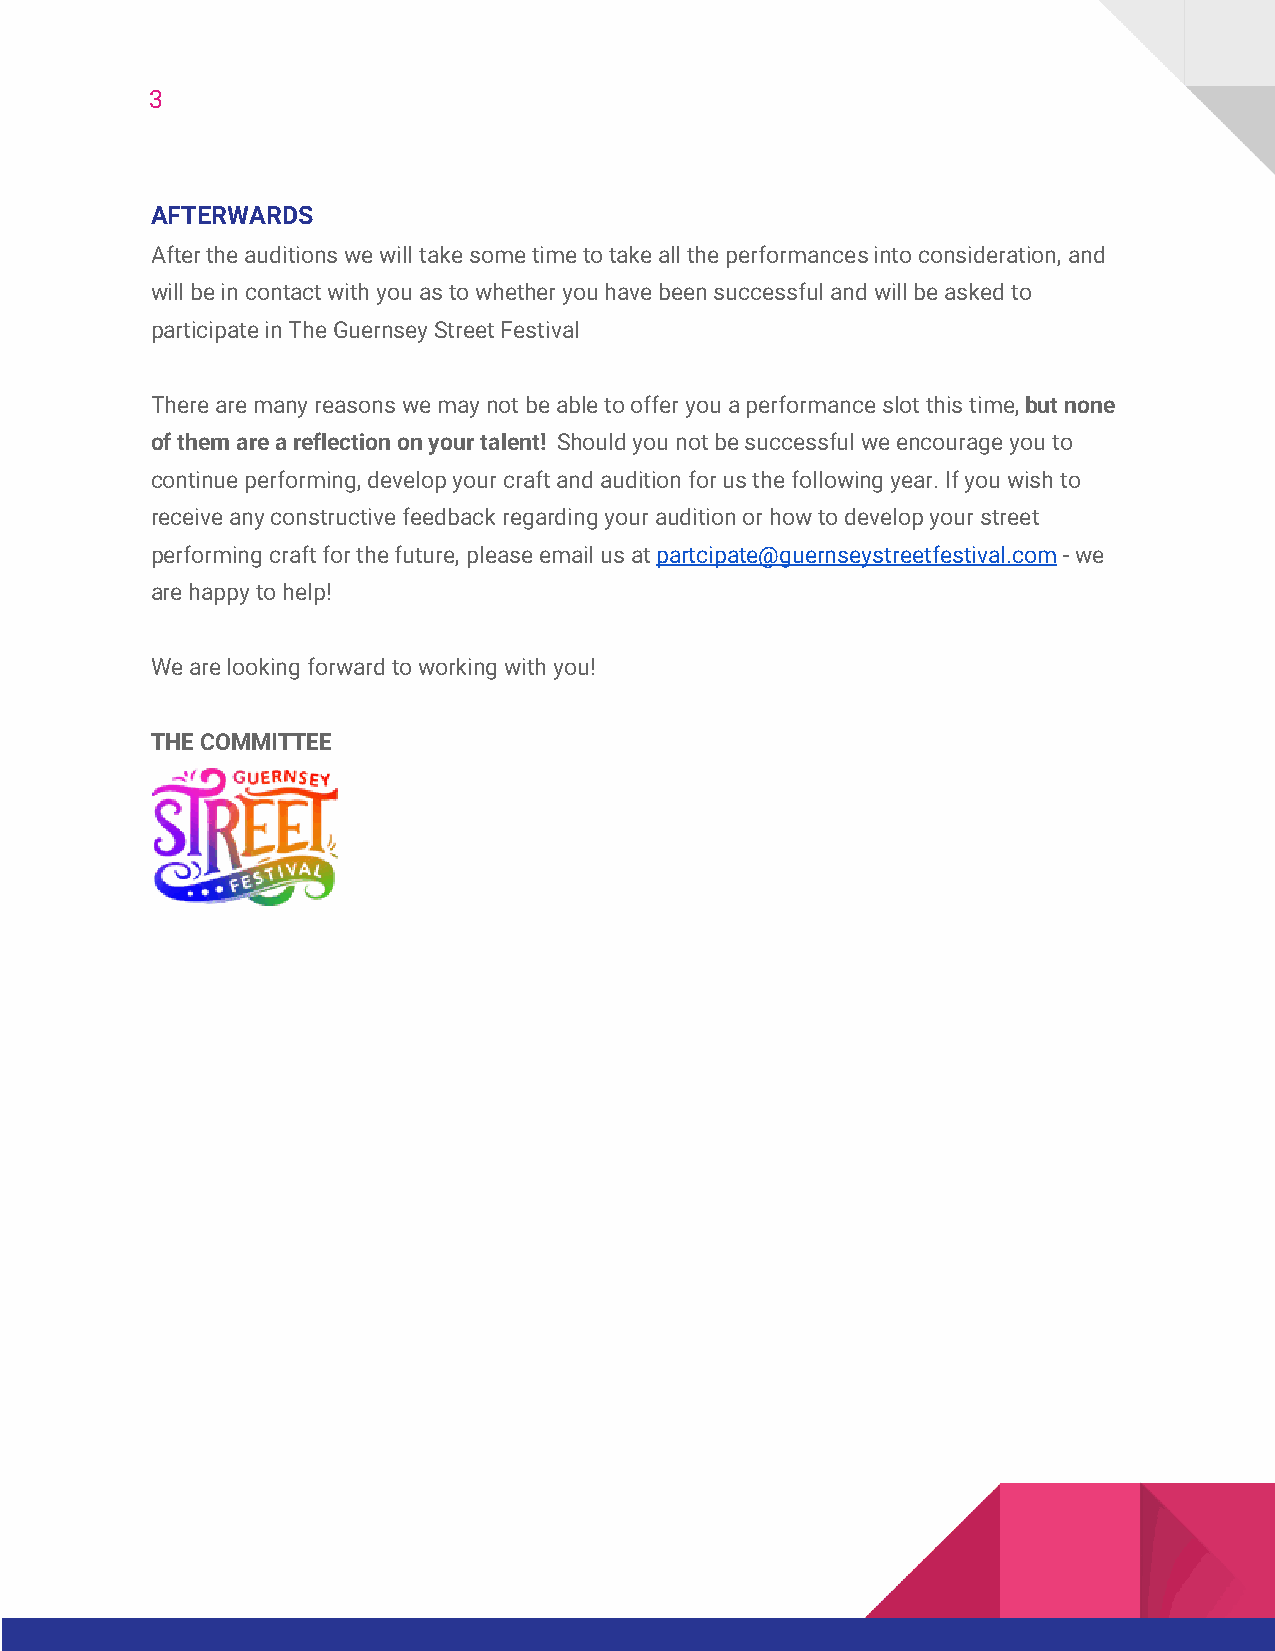
3
 AFTERWARDS
 After the auditions we will take some time to take all the performances into consideration, and
 will be in contact with you as to whether you have been successful and will be asked to
 participate in The Guernsey Street Festival
 There are many reasons we may not be able to offer you a performance slot this time, but none
 of them are a reflection on your talent! Should you not be successful we encourage you to
 continue performing, develop your craft and audition for us the following year. If you wish to
 receive any constructive feedback regarding your audition or how to develop your street
 performing craft for the future, please email us at partcipate@guernseystreetfestival.com - we
 are happy to help!
 We are looking forward to working with you!
 THE COMMITTEE